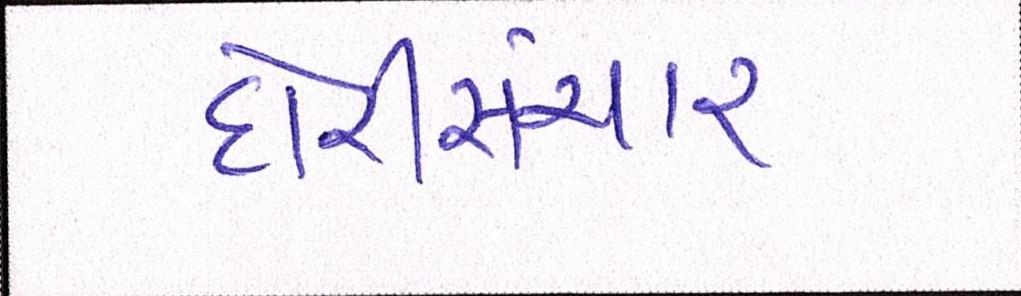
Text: દોરીસંચાર